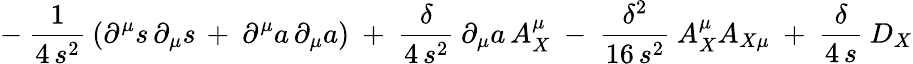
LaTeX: -\ \frac{1}{4\, s^{2}}\: \left(\partial^{\mu}s\, \partial_{\mu}s\, +\ \partial^{\mu}a\, \partial_{\mu}a\right)\ +\ \frac{\delta}{4\, s^{2}}\: \partial_{\mu}a\, A_{X}^{\mu}\ -\ \frac{\delta^{2}}{16\, s^{2}}\: A_{X}^{\mu}A_{X\mu}\ +\ \frac{\delta}{4\, s}\: D_{X}